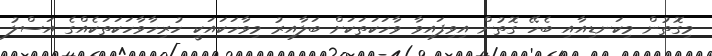
މިގޮތުން މިކަނޑިއާއި ބެހޭ ގޮތުން އިވިފައިވާ ވާހަކަތަކަށް ބަލާއިރު މިވާހަކައަކީ ހުރިހާވާހަކަތަކެއްގެ އަސްލު